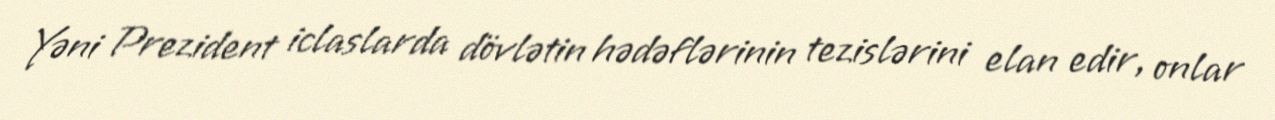
Yəni Prezident iclaslarda dövlətin hədəflərinin tezislərini elan edir, onlar